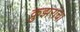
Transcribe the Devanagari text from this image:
क्रुझरांचा